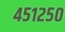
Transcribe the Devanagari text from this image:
४५१२५०